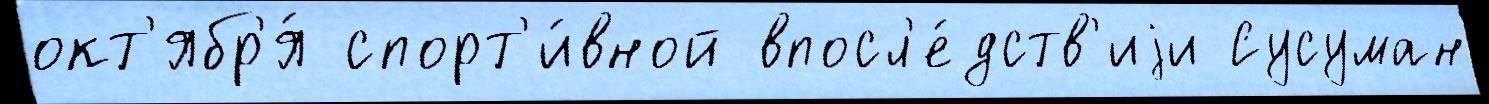
окт'ябр'я́ спорт'и́вной впосл'е́дств'иjи Сусуман